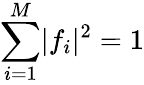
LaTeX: \sum_{i=1}^{M}\lvert f_{i}\rvert^{2}=1